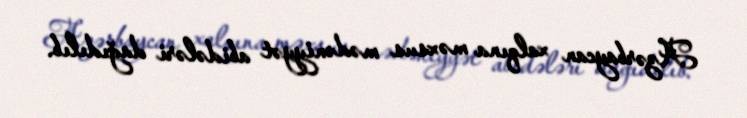
Azərbaycan xalqına məxsus mədəniyyət abidələri dağıdılıb.